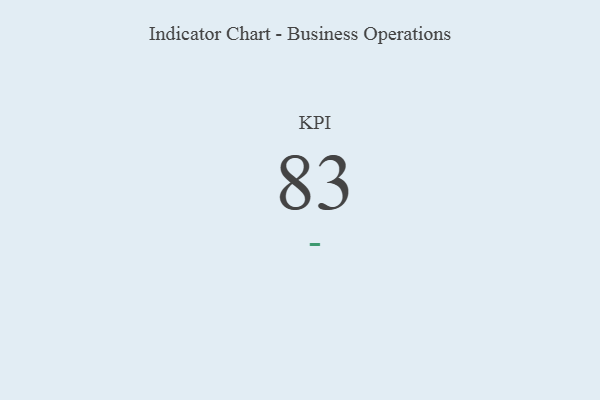
{"axis": {"x": "KPI", "y": "Value"}, "legend": [""], "data": [{"x": "KPI", "y": 83, "type": ""}]}